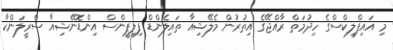
މި އައިފްލިކްސްގެ ހިދުމަތް ރާއްޖޭގެ އިތުރުން މެލޭޝިއާ ތައިލެންޑް ފިލިޕީންސް އިންޑޮނޭޝިއާ ސްރީލަންކާ